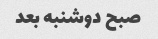
صبح دوشنبه بعد